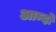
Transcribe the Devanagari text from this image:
आम्दो